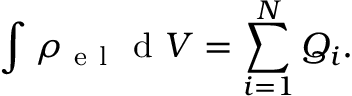
\int _ { } ^ { } \rho _ { \mathrm { ~ e ~ l ~ } } \mathrm { ~ d ~ } V = \sum _ { i = 1 } ^ { N } Q _ { i } .